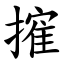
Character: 㩁